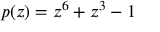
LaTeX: p ( z ) = z ^ { 6 } + z ^ { 3 } - 1